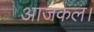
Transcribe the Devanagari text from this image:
आजकल।